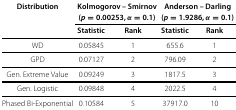
| Distribution | <COLSPAN=2> Kolmogorov – Smirnov | <COLSPAN=2> Anderson – Darling |
 |  | <COLSPAN=2> (p=0.00253,α=0.1) | <COLSPAN=2> (p=1.9286,α=0.1) |
 |  | Statistic | Rank | Statistic | Rank |
 | --- | --- | --- | --- | --- |
 | WD | 0.05845 | 1 | 655.6 | 1 |
 | GPD | 0.07127 | 2 | 796.09 | 2 |
 | Gen. Extreme Value | 0.09249 | 3 | 1817.5 | 3 |
 | Gen. Logistic | 0.09848 | 4 | 2022.5 | 4 |
 | Phased Bi-Exponential | 0.10584 | 5 | 37917.0 | 10 |